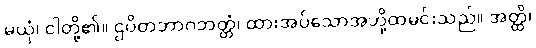
မယှံ၊ ငါတို့၏။ ဌပိတဘာဂဘတ္တံ၊ ထားအပ်သောအဘို့ထမင်းသည်။ အတ္ထိ၊